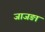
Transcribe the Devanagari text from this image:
जाजङा